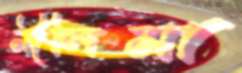
নীলিমা